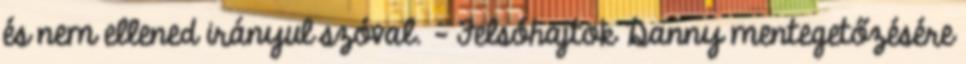
és nem ellened irányul szóval. - Felsóhajtok Danny mentegetőzésére